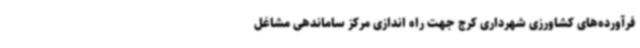
فرآورده‌های کشاورزی شهرداری کرج جهت راه اندازی مرکز ساماندهی مشاغل